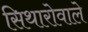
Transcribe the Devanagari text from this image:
सिथारोवाले